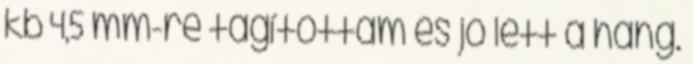
kb 4,5 mm-re tágítottam és jó lett a hang.